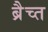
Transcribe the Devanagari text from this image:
ब्रैच्त